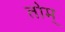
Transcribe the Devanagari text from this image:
तोम्